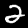
Digit: 2